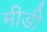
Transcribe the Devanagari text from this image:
मीडी